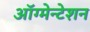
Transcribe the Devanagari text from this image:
ऑग्मेन्टेशन